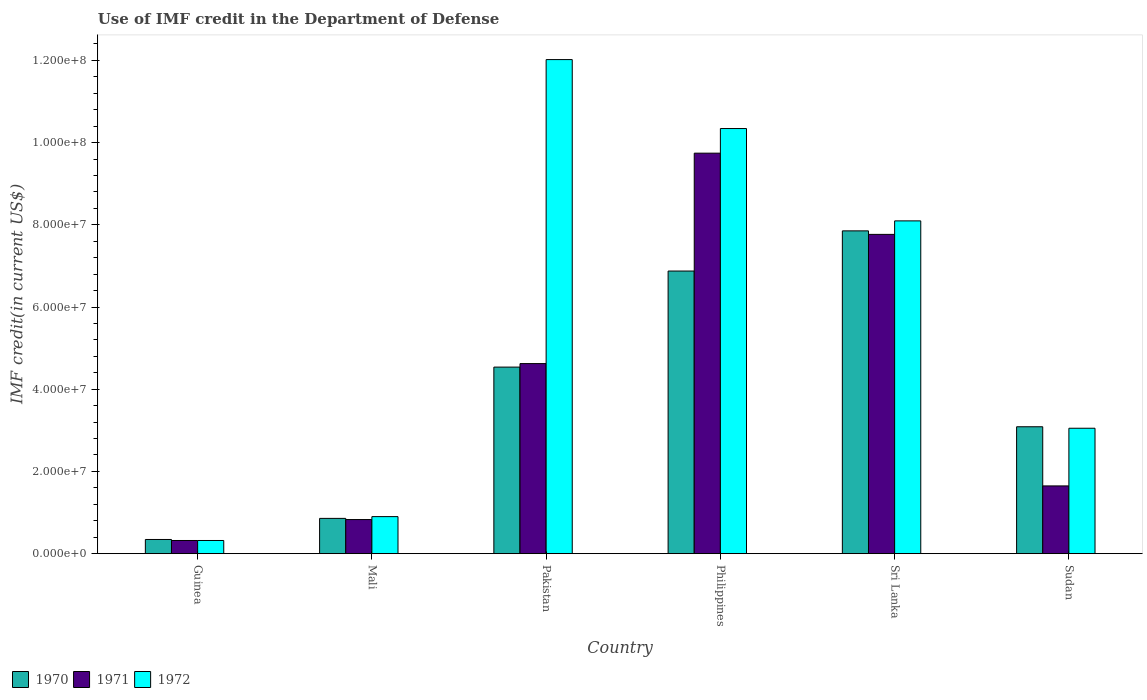
| Country | 1970 | 1971 | 1972 |
 | --- | --- | --- | --- |
 | Guinea | 3.45e+06 | 3.2e+06 | 3.2e+06 |
 | Mali | 8.58e+06 | 8.3e+06 | 9.01e+06 |
 | Pakistan | 4.54e+07 | 4.62e+07 | 1.2e+08 |
 | Philippines | 6.88e+07 | 9.74e+07 | 1.03e+08 |
 | Sri Lanka | 7.85e+07 | 7.77e+07 | 8.1e+07 |
 | Sudan | 3.09e+07 | 1.65e+07 | 3.05e+07 |